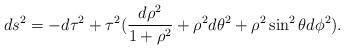
LaTeX: \begin{align*}ds^{2}=-d\tau ^{2}+\tau ^{2}(\frac{d\rho ^{2}}{1+\rho ^{2}}+\rho ^{2}d\theta^{2}+\rho ^{2}\sin ^{2}\theta d\phi ^{2}). \end{align*}